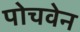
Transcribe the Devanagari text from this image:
पोचवेन